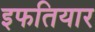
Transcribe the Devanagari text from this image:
इफतियार